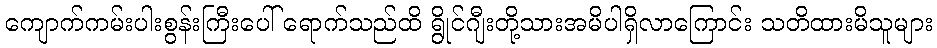
ကျောက်ကမ်းပါးစွန်းကြီးပေါ် ရောက်သည်ထိ ရွိုင်ဂျီးတို့သားအမိပါရှိလာကြောင်း သတိထားမိသူများ